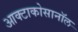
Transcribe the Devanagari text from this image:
आक्टाकोसानॉल